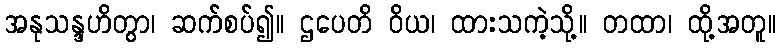
အနုသန္ဒဟိတွာ၊ ဆက်စပ်၍။ ဌပေတိ ဝိယ၊ ထားသကဲ့သို့။ တထာ၊ ထို့အတူ။